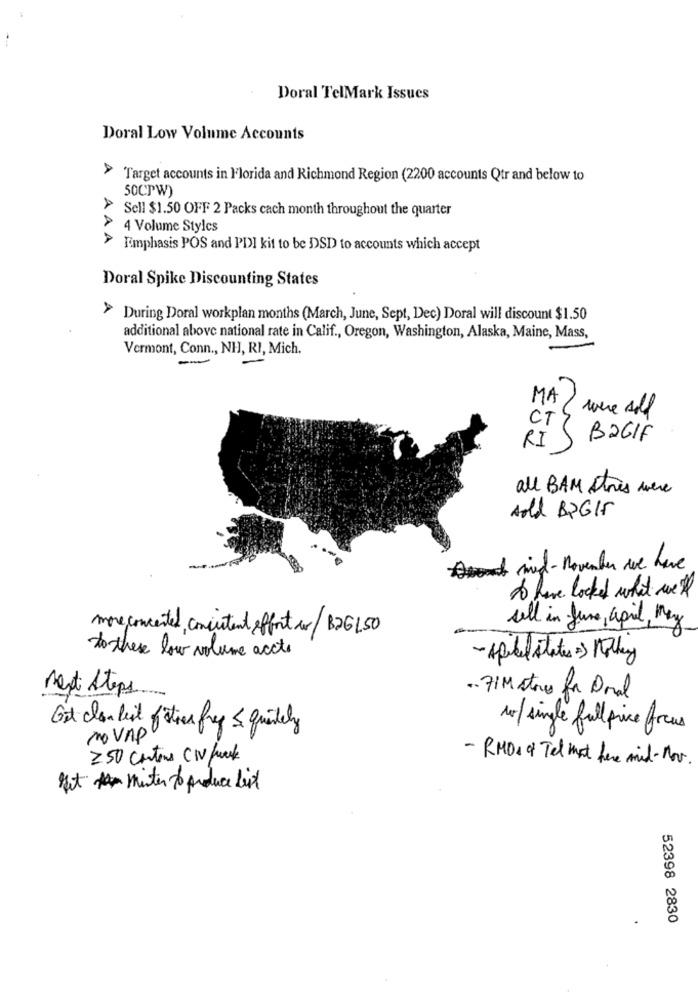
Doral TelMark Issues
Doral Low Volume Accounts
A
Target accounts in Florida and Richmond Region (2200 accounts Qtr and below to
50CPW)
> Sell $1.50 OFF 2 Packs cach month throughout the quarter
4 Volume Styles
AAA
Emphasis POS and PDI kit to be DSD to accounts which accept
Doral Spike Discounting States
> During Doral workplan months (March, June, Sept, Dec) Doral will discount $1.50
additional above national rate in Calif ., Oregon, Washington, Alaska, Maine, Mass,
Vermont, Conn ., NHJ, RI, Mich.
MA
were sold
CT
RI
B2GIF
all BAM Atrès were
Add BRGIF
Am ming- november we have
to have locked what we tt
sell in June, april, May
more concerted consistent effort a/ B26150
to these low volume accte
- spill states + Holley
Mesti Steps.
.. 71M store for Dral
Get clan best fities frap & quitely
10/single full price focus
TOVAP
250 cartons CI fuck
- RMOS of Tel mot here mid - Nov.
But mister to produce lit
52398 2830